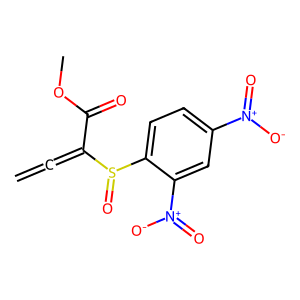
SMILES: C=C=C(C(=O)OC)S(=O)c1ccc([N+](=O)[O-])cc1[N+](=O)[O-]
Inhibits HIV replication: No